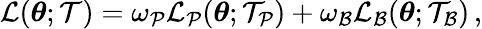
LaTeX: \begin{array}{r}{\mathcal{L}(\boldsymbol{\theta};\mathcal{T})=\omega_{\mathcal{P}}\mathcal{L}_{\mathcal{P}}(\boldsymbol{\theta};\mathcal{T}_{\mathcal{P}})+\omega_{\mathcal{B}}\mathcal{L}_{\mathcal{B}}(\boldsymbol{\theta};\mathcal{T}_{\mathcal{B}})\, ,}\end{array}